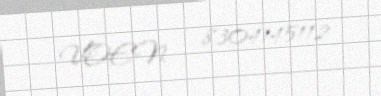
VOEN — 8304145112